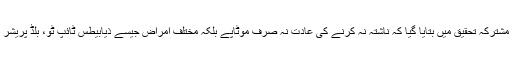
تل ابیب یونیورسٹی اور ہیبرو یونیورسٹی کی مشترکہ تحقیق میں بتایا گیا کہ ناشتہ نہ کرنے کی عادت نہ صرف موٹاپے بلکہ مختلف امراض جیسے ذیابیطس ٹائپ ٹو، بلڈ پریشر اور امراض قلب وغیرہ کا خطرہ بڑھاتی ہے۔